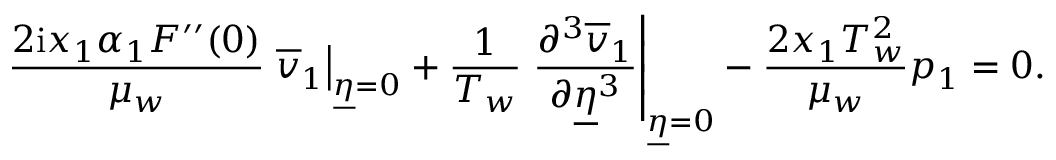
\frac { 2 \mathrm { i } x _ { 1 } \alpha _ { 1 } F ^ { \prime \prime } ( 0 ) } { \mu _ { w } } \left. \overline { { v } } _ { 1 } \right\vert _ { \underline { { \eta } } = 0 } + \frac { 1 } { T _ { w } } \left. \frac { \partial ^ { 3 } \overline { { v } } _ { 1 } } { \partial \underline { { \eta } } ^ { 3 } } \right\vert _ { \underline { { \eta } } = 0 } - \frac { 2 x _ { 1 } T _ { w } ^ { 2 } } { \mu _ { w } } p _ { 1 } = 0 .